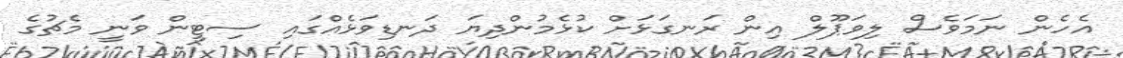
އެހެން ނަމަވެސް ލިވަޕޫލް އިން ރަނގަޅަށް ކުޅެމުންދިޔަ ދަނޑިވަޅެއްގައި ސިޓީން ވަނީ މެޗުގެ